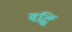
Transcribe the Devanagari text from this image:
वर्द्धि